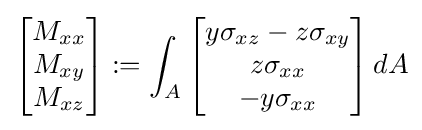
{\begin{bmatrix}M_{xx}\\M_{xy}\\M_{xz}\end{bmatrix}}:=\int _{A}{\begin{bmatrix}y\sigma _{xz}-z\sigma _{xy}\\z\sigma _{xx}\\-y\sigma _{xx}\end{bmatrix}}\,dA